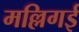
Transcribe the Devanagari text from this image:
मल्लिगई